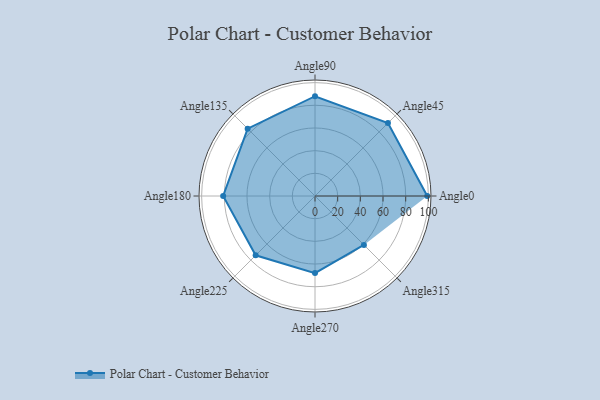
{"axis": {"x": "Angle", "y": "Radius"}, "legend": [""], "data": [{"x": "Angle0", "y": 99.0, "type": ""}, {"x": "Angle45", "y": 91.0, "type": ""}, {"x": "Angle90", "y": 88.0, "type": ""}, {"x": "Angle135", "y": 84.0, "type": ""}, {"x": "Angle180", "y": 81.0, "type": ""}, {"x": "Angle225", "y": 74.0, "type": ""}, {"x": "Angle270", "y": 68.0, "type": ""}, {"x": "Angle315", "y": 61.0, "type": ""}]}